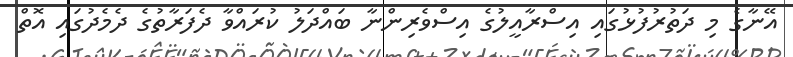
އޭނާގެ މި ދަތުރުފުޅުގައި އިސްރާއީލުގެ އިސްވެރިންނާ ބައްދަލު ކުރައްވާ ދެފަރާތުގެ ދެމެދުގައި އޮތް